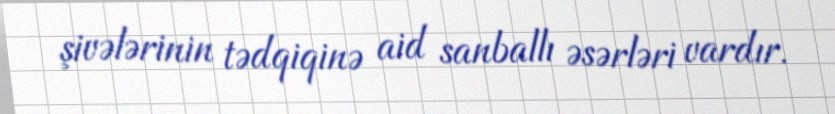
şivələrinin tədqiqinə aid sanballı əsərləri vardır.